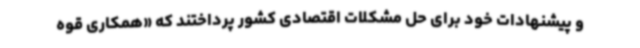
و پیشنهادات خود برای حل مشکلات اقتصادی کشور پرداختند که «همکاری قوه